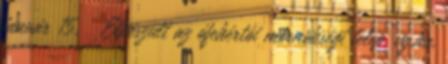
január 15. ↑ Elkészült az ófehértói mérnökségi telep. vg.hu.